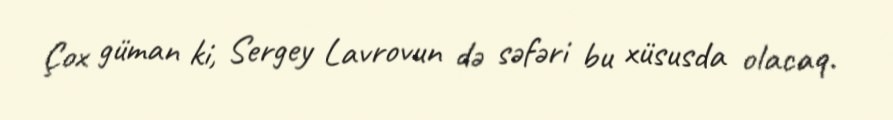
Çox güman ki, Sergey Lavrovun də səfəri bu xüsusda olacaq.